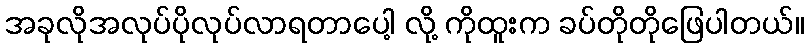
အခုလိုအလုပ်ပိုလုပ်လာရတာပေါ့ လို့ ကိုထူးက ခပ်တိုတိုဖြေပါတယ်။